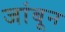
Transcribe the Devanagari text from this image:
जांबून